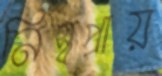
নিস্বপ্রায়